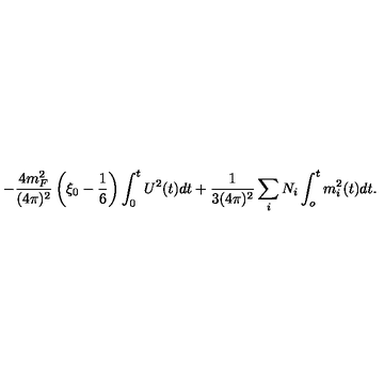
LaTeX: - \frac { 4 m _ { F } ^ { 2 } } { ( 4 \pi ) ^ { 2 } } \left( \xi _ { 0 } - \frac { 1 } { 6 } \right) \int _ { 0 } ^ { t } U ^ { 2 } ( t ) d t + \frac { 1 } { 3 ( 4 \pi ) ^ { 2 } } \sum _ { i } N _ { i } \int _ { o } ^ { t } m _ { i } ^ { 2 } ( t ) d t .